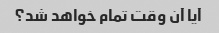
آیا آن وقت تمام خواهد شد؟